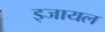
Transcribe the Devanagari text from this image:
इजायल